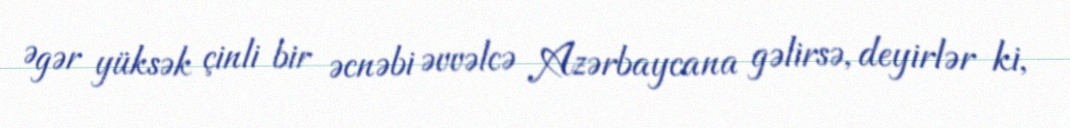
Əgər yüksək çinli bir əcnəbi əvvəlcə Azərbaycana gəlirsə, deyirlər ki,